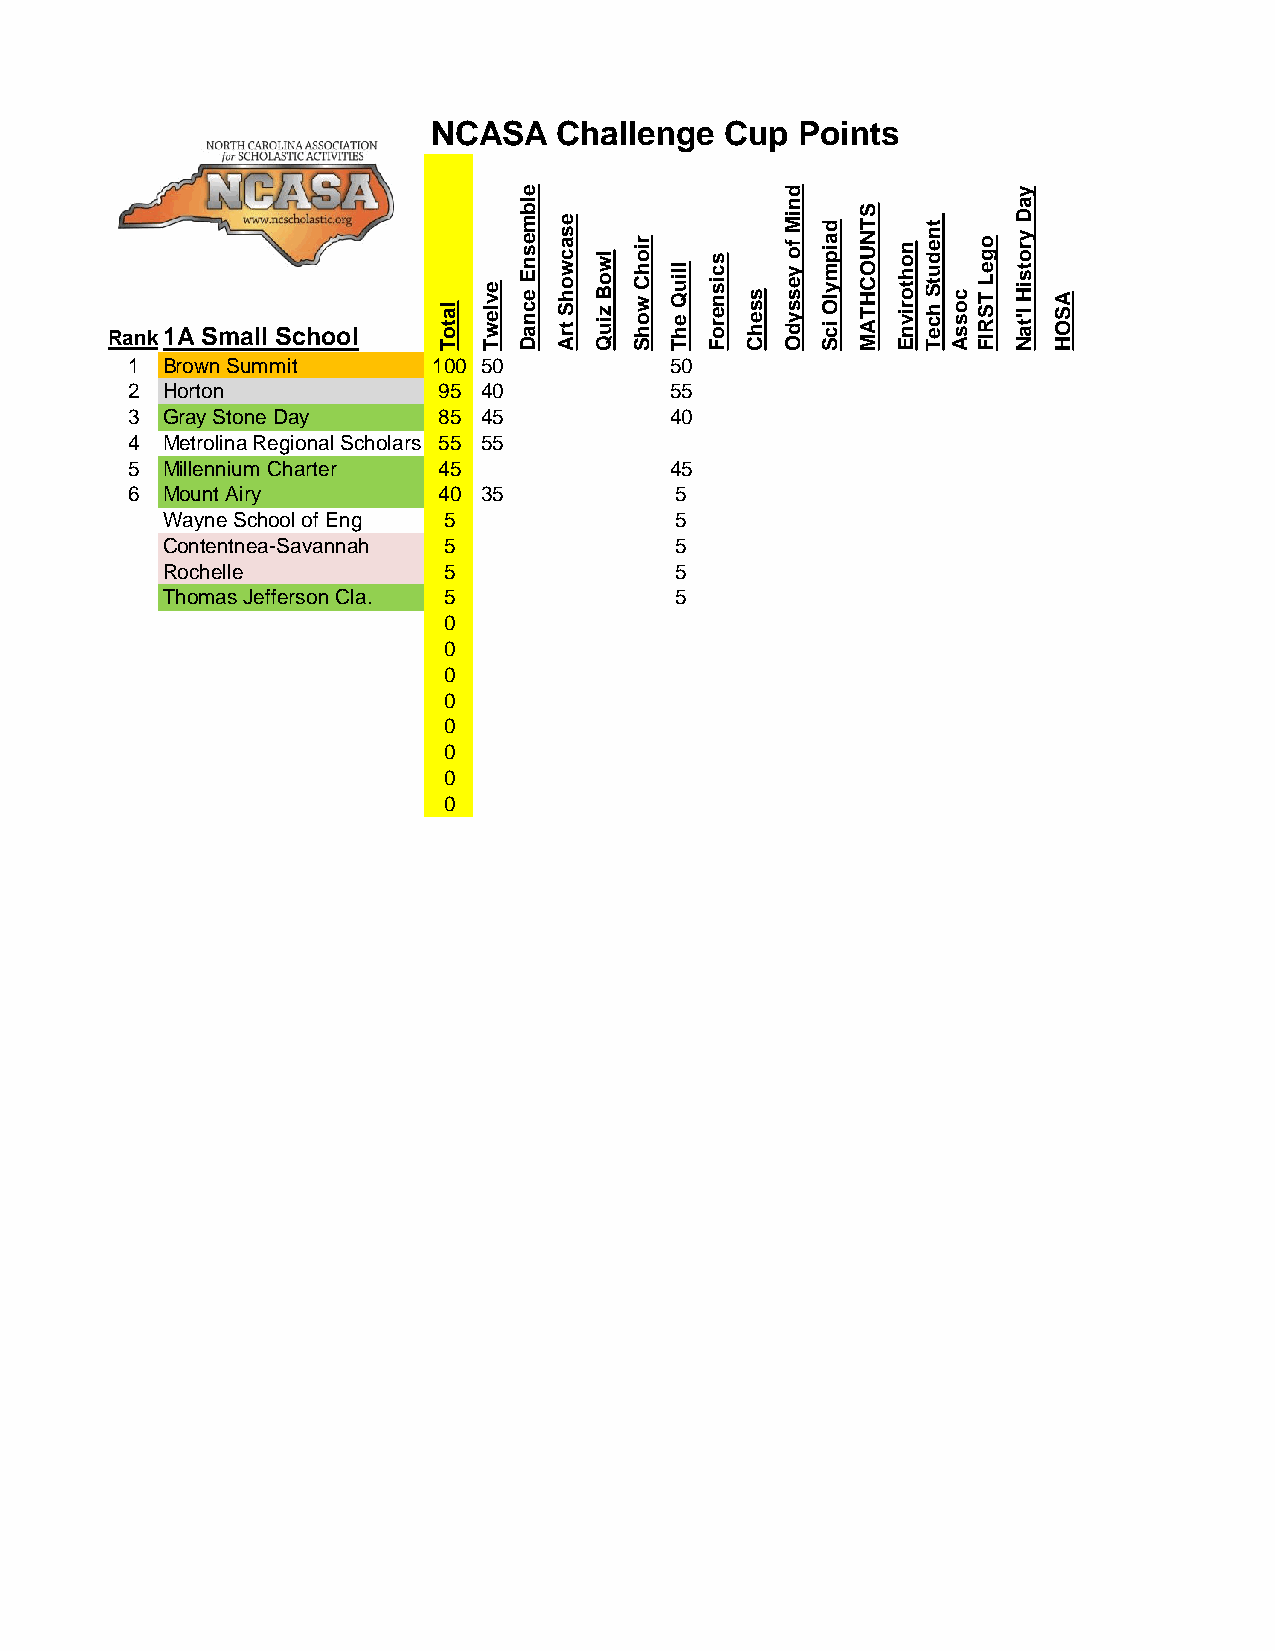
NCASA   Challenge  Cup  Points
 e                 d              y
 Rank1A Small School   la t o T e v le w T lb m e s n E e c n a D e s a c w o h S t r A lw o B z iu Q r io h C w o h S lliu Q e h T s c is n e r o F s s e h C n iM f o y e s s y d O d a ip m y lO ic S S T N U O C H T A M n o h t o r iv n E t n e d u t S h c e Tc o s s Ao g e L T S R IF a D y r o t s iH l't a N A S O H
 1  Brown Summit      100 50         50
 2  Horton            95 40          55
 3  Gray Stone Day    85 45          40
 4  Metrolina Regional Scholars 55 55
 5  Millennium Charter 45            45
 6  Mount Airy        40 35           5
 Wayne School of Eng 5             5
 Contentnea-Savannah 5             5
 Rochelle          5               5
 Thomas Jefferson Cla. 5           5
 0
 0
 0
 0
 0
 0
 0
 0